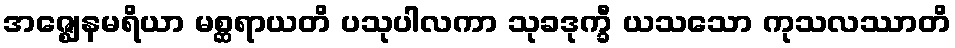
အဇ္ဈေနမရိယာ မစ္ဆရာယတိ ပသုပါလကာ သုခဒုက္ခီ ယသသော ကုသလဿာတိ